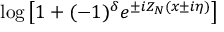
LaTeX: \log \left[ 1 + ( - 1 ) ^ { \delta } e ^ { \pm i Z _ { N } ( x \pm i \eta ) } \right]